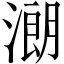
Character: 𣼽